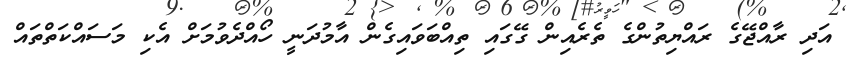
އަދި ރާއްޖޭގެ ރައްޔިތުންގެ ތެރެއިން ގޭގައި ތިއްބަވައިގެން އާމުދަނީ ހޯއްދެވުމަށް އެކި މަސައްކަތްތައް